Report on vaccination in the Province of Bengal - 1874-1889
Year: 1874
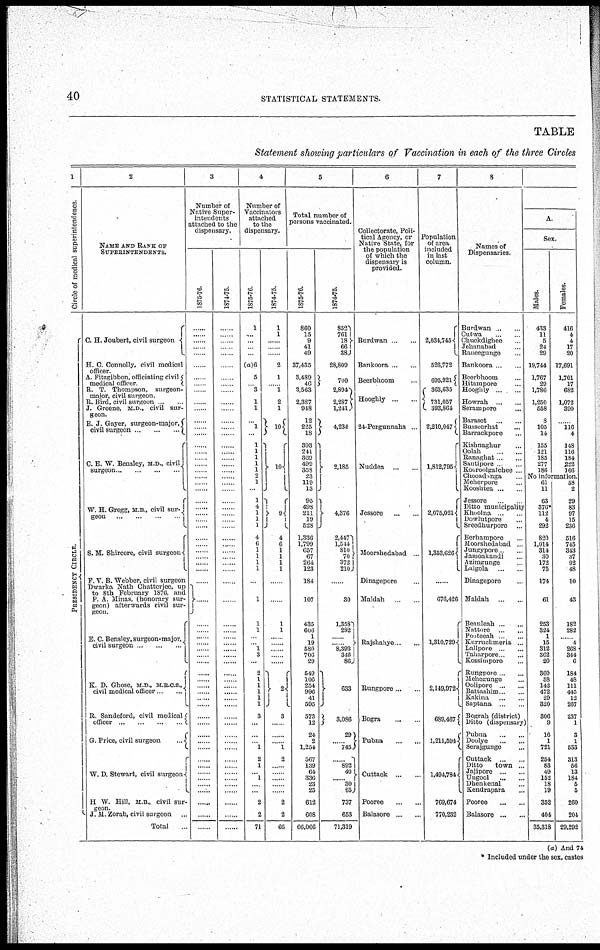
40
STATISTICAL STATEMENTS.
TABLE
Statement showing particulars of Vaccination in each of the three Circles
1
Circle of medical superintendence
P RE S IDE NCY CI RCLE.
2
NAME AND RANK OF
SUPERINTENDENTS.
G. H. Joubert, civil surgeon
H. C. Connolly, civil medical
officer.
A. Fitzgibbon, officiating civil
medical officer
R. T. Thompson, surgeon¬
major, civil surgeon.
R. Bird, civil surgeon ... ...
J. Greene, M.D., civil sur-
geon.
E. J. Gayer,
surgeon-major,
civil surgeon
...
...
...
C. E. W. Bensley, M.D., civil
surgeon
...
...
...
...
W. H. Gregg, M. B., civil sur¬
geon ... ... ...
S. M. Shircore, civil surgeon
F V. B. Webber, civil surgeon
Dwarka Nath Chatterjee, up
to 8th February 1876, and
P. A. Minas, (honorary sur-
geon) afterwards civil sur-
geon.
E. C. Bensley, surgeon-major
civil surgeon
...
...
...
E. D. Ghose, M D., M.B.C.S.,
civil medical officer
...
R. Sandeford, civil medical
officer
...
...
...
...
G. Price, civil surgeon
...
W. D. Stewart, civil surgeon
H W. Hill, M.B., civil sur-
-----
J. M. Zorab, civil surgeon ...
Total ...
3
Number of
Native Super-
intendents
attached to the
dispensary.
1875-76.
......
......
......
...... ......
......
......
......
...
......
......
......
......
......
......
......
......
......
......
......
......
......
......
......
......
...... ......
......
......
......
......
......
......
......
......
......
......
......
......
......
......
......
......
...... ......
......
......
......
......
......
......
......
......
......
......
......
......
......
......
.
......
......
1874-75.
......
......
......
......
......
......
......
......
......
......
......
......
......
......
......
......
......
......
...... ......
......
......
......
......
......
......
......
......
......
......
......
......
......
......
......
......
......
......
......
......
......
......
......
......
......
......
......
......
......
......
......
......
......
......
......
......
......
......
......
......
......
......
4
Number of
Vaccinators
attached
to the
dispensary.
1875-76.
1
......
......
......
......
(a)6
5
...... 3
1
1
...... 1
......
1
1
1
1
1
2
1
......
1
4
1
1
1
4
6
1
1
1
1
......
1
1
1
...
... 1
3
...
2
1
1
1
1
1
3
...
...
... 1
2
1
... 1
... ...
2
2
71
1874-75.
1
1
......
......
......
2
1
...... 1
2
1
10
10
9
4
6
1
1
1
1
......
......
1
1
......
......
......
......
......
2
3
......
......
...... 1
2
......
......
......
......
......
2
2
66
5
Total number of
persons vaccinated.
1875-76.
860
15
9
41
49
37,435
3,489
46
3,563
2,387
948
12
225
18
303
241
369
499
358
23
119
13
95
498
211
19
528
1,336
1,799
657
67
264
123
184
107
435
606
1
19
580
706
29
549
100
254
996
41
595
573
12
24
2
1,254
567
139
64
336
23
25
612
608
66,066
1874.75.
852
761
18
66
38
28,809
700
2,894
2,287
1,241
4,234
2,185
4,376
2,4471
1,544
810
70
372
210
......
30
1,358
282
...... ......
8,393
346
86
633
3,086
29
...... 745
......
892
40
...... 30
65
737
653
71,319
6
Collectorate, Poli-
tical Agency, or
Native State, for
the population
of which the
dispensary is
provided.
Burdwan ... ...
Bankoora ... ...
Beerbhoom ... ...
Hooghly ... ...
24-Pergunnahs ...
Nuddea
...
...
Jessore
...
...
Moorshedabad ...
Dinagepore ...
Maldah ... ...
Rajshahye ... ...
Rungpore ... ...
Bogra
...
...
Pubna
...
...
Cuttack
...
...
Pooree
...
...
Balasore ... ...
7
Population
of area
included
in last
column.
2,034,745
526,772
695,921
363,635
731,057
393,864
2,210,047
1,812,795
2,075,021
1,353,626
......
676,426
1,310,729
2,149,972
689,467
1,211,504
1,494,7841
769,674
770,232
8
Names of
Dispensaries.
Burdwan ... ...
Cutwa
...
...
Chuckdighee ...
Jehanabad ...
Raneegunge ...
Bankoora ... ...
Beerbhoom ... ...
Hitampore ... ...
Hooghly ... ...
Howrah ... ...
Serampore ... ...
Baraset
...
...
Busseerhat ...
Barrackpore ...
Kishnaghur ...
Oolah ... ...
Ranaghat ... ...
Santipore ... ...
Kooroolgatchee ..
Chooadanga ...
Meherpore ...
Kooshtea ... ...
Jessore ... ...
Ditto municipality
Khoolna ...
Dowlutpore ...
Sreedhurpore ...
Berhampore ...
Moorshedabad ...
Jungypore ...
Jamoakandi ...
Azimgunge ...
Lalgola
...
...
Dinagepore ...
Maldah
...
...
Beauleah ... ...
Nattore
...
...
Pooteeah ... ...
Kurruchmeria ...
Lallpore ...
Taharpore ... ...
Kossimpore ... ...
Rungpore ... ...
Mehegunge ... ...
Oolipore ... ...
Battashim ... ...
Kakina
...
...
Saptana ... ...
Bograh (district)
Ditto (dispensary)
Pubna ... ...
Doolye
...
...
Serajgunge ...
Cuttack
...
...
Ditto
town ...
Jajipore
...
...
Ungool
...
...
Dhenkenal ...
Kendrapara ...
Pooree
...
...
Balasore ... ...
A.
Sex.
Males.
433
11
5
24
29
19,744
1,767
29
1,786
1,250
558
8
105
14
155
121
185
277
186
Females.
416
4
4
17
20
17,691
1,701
17
682
1,072
390
......
116 4
148
116
184
222
166
No information.
61
11
63
876
112
4
292
820
1,014
314
30
172
75
174
61
253
324
1
15
312
362
20
360
58
142
472
29
320
306
9
16
1
721
254
83
49
152
18
19
352
404
35,318
58
2
29
83
97
15
236
516
745
343
37
92
48
10
48
182
282
... 4
268
344
6
184
48
111
445
12
267
237
1
3
1
533
313
56
13
184
5
5
260
204
29,292
(a) And 74
* Included under the sex, castes